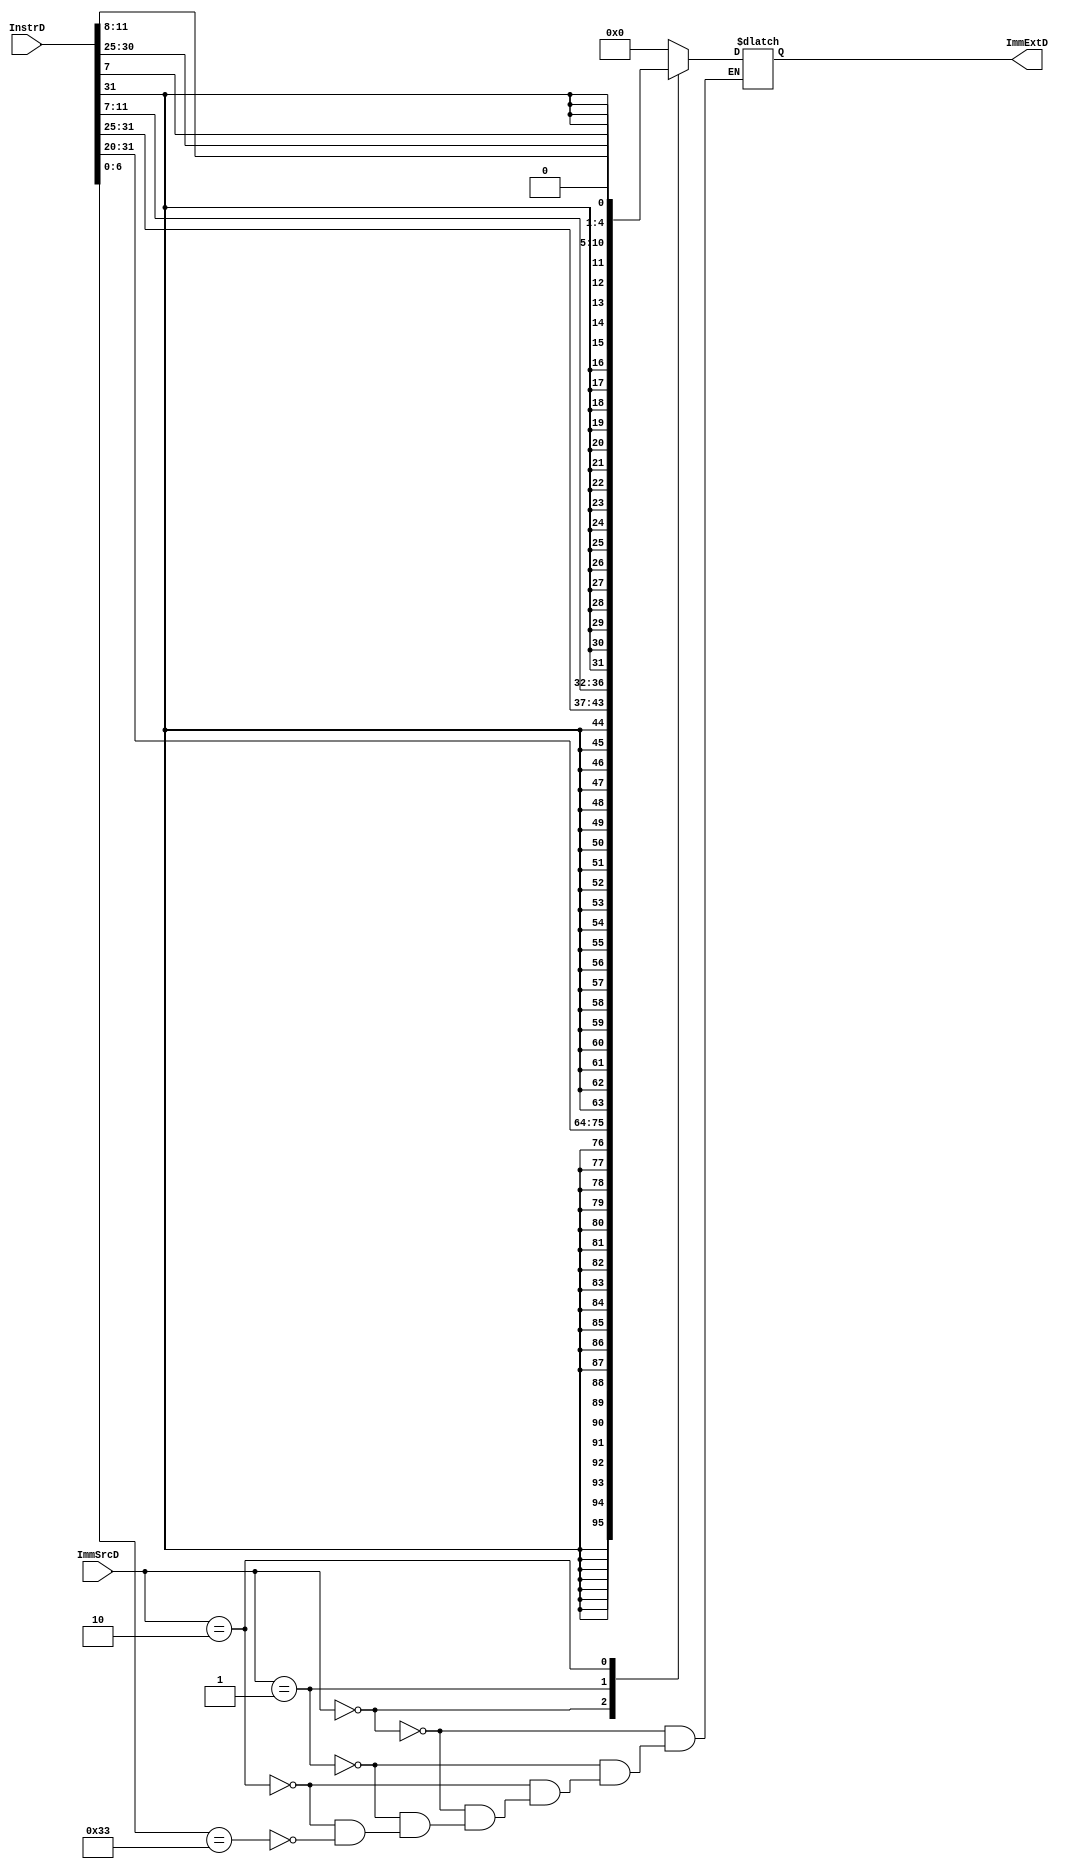
module sign_extend(
    input [31:0]InstrD,
    input [1:0]ImmSrcD,
    output reg [31:0]ImmExtD
);

reg [6:0]opcode;

localparam [6:0]R_TYPE  = 7'b0110011,
                I_TYPE  = 7'b0010011,
                STORE   = 7'b0100011,
                LOAD    = 7'b0000011,
                BRANCH  = 7'b1100011,
                JALR    = 7'b1100111,
                JAL     = 7'b1101111,
                AUIPC   = 7'b0010111,
                LUI     = 7'b0110111;

always@(*) begin
    opcode = InstrD[6:0];
    case (ImmSrcD)
        // for I-type InstrDuction
        2'b00: begin
            ImmExtD = {{20{InstrD[31]}},InstrD[31:20]} ;
        end
        // for S-type and B-type InstrDuction
        2'b01: begin
            ImmExtD = {{20{InstrD[31]}},InstrD[31:25],InstrD[11:7]} ;
        end

        2'b10: begin
            ImmExtD = {{20{InstrD[31]}}, InstrD[7], InstrD[30:25], InstrD[11:8], 1'b0};
        end

        2'b10: begin
            ImmExtD = {{12{InstrD[31]}}, InstrD[19:12], InstrD[20], InstrD[30:21], 1'b0};
        end
        default: begin
            case (opcode)
                // R-type intsruction doesn't have any immediate value
                R_TYPE: begin
                    ImmExtD = 32'b00;
                end
                // for jump link and jump link register InstrDuctions
                // (JALR & JAL): begin
                //     ImmExtD = {{10{InstrD[31]}},InstrD[31:12]};
                // end
            endcase
        end
    endcase
end

endmodule